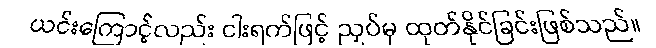
ယင်းကြောင့်လည်း ငါးရက်ဖြင့် ညှပ်မှ ထုတ်နိုင်ခြင်းဖြစ်သည်။